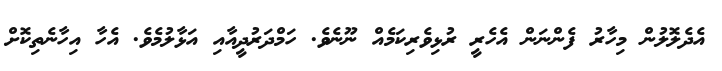
އެދެލޮލުން މިހާރު ފެންނަން އެހެރީ ރުޅިވެރިކަމެއް ނޫނެވެ. ހަމްދަރުދީއާއި އަޅާލުމެވެ. އެހާ އިހާނެތިކޮށް